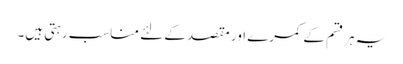
یہ ہرقسم کے کمرے اور مقصد کے لئے مناسب رہتی ہیں۔